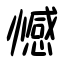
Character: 憾